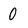
Character: 0